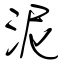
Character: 泥